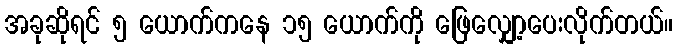
အခုဆိုရင် ၅ ယောက်ကနေ ၁၅ ယောက်ကို ဖြေလျှော့ပေးလိုက်တယ်။